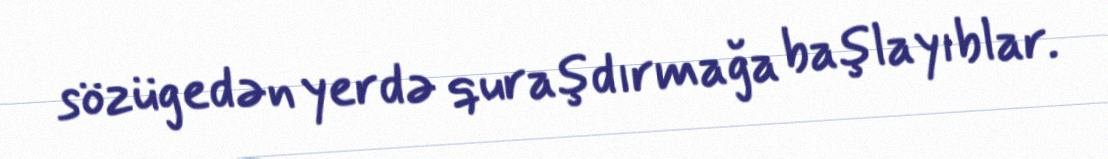
sözügedən yerdə quraşdırmağa başlayıblar.